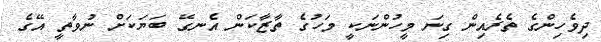
ދިވެހިންގެ ތެރެއިން ގިނަ މީހުންނަކީ މަހުގެ ތާޒާކަން އެނގޭ ބަޔަކަށް ނުވާތީ އޭގެ